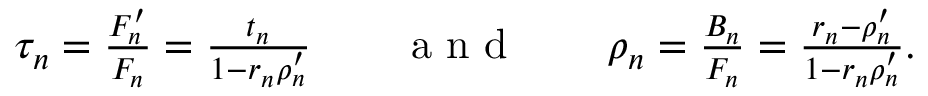
\begin{array} { r } { \tau _ { n } = \frac { F _ { n } ^ { \prime } } { F _ { n } } = \frac { t _ { n } } { 1 - r _ { n } \rho _ { n } ^ { \prime } } \qquad \mathrm { ~ a ~ n ~ d ~ } \qquad \rho _ { n } = \frac { B _ { n } } { F _ { n } } = \frac { r _ { n } - \rho _ { n } ^ { \prime } } { 1 - r _ { n } \rho _ { n } ^ { \prime } } . } \end{array}